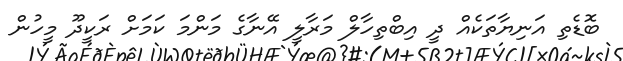
ބޮޑެތި އަނިޔާތަކެއް ދީ އިބްތިހާލް މަރާލީ އޭނާގެ މަންމަ ކަމަށް ރަކީދޫ މީހުން